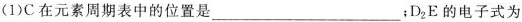
(1)C在元素周期表中的位置是___；D_{2}E的电子式为